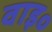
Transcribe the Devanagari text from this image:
वाइ॰